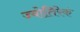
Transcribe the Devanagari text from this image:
ज्योतिरेकं